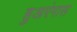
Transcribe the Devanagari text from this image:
हुअरंगास